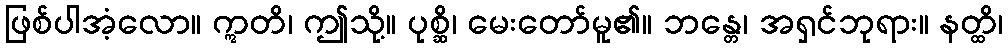
ဖြစ်ပါအံ့လော။ ဣတိ၊ ဤသို့။ ပုစ္ဆိ၊ မေးတော်မူ၏။ ဘန္တေ၊ အရှင်ဘုရား။ နတ္ထိ၊